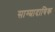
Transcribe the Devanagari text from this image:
साम्प्रादायिक